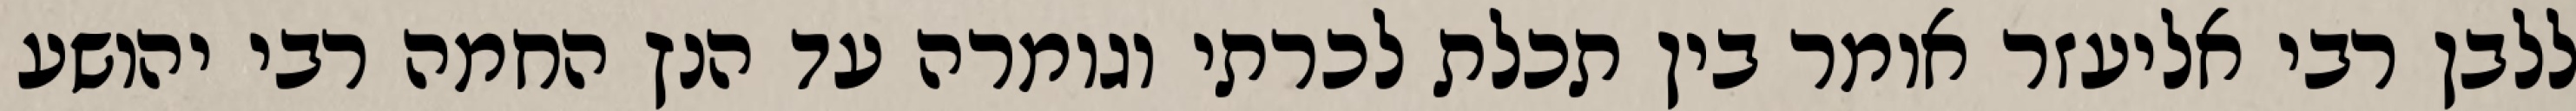
ללבן רבי אליעזר אומר בין תכלת לכרתי וגומרה עד הנץ החמה רבי יהושע